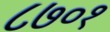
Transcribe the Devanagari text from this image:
८७०१